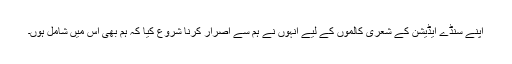
اپنے سنڈے ایڈیشن کے شعری کالموں کے لیے انہوں نے ہم سے اصرار کرنا شروع کیا کہ ہم بھی اس میں شامل ہوں۔